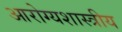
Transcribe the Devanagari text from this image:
आरोग्यशास्त्रीय